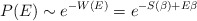
\begin{align*}P(E)\sim e^{-W(E)}=e^{-S(\beta)+E\beta}\end{align*}